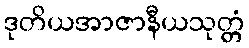
ဒုတိယအာဇာနီယသုတ္တံ